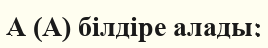
А (А) білдіре алады: